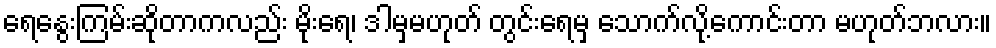
ရေနွေးကြမ်းဆိုတာကလည်း မိုးရေ၊ ဒါမှမဟုတ် တွင်းရေမှ သောက်လို့ကောင်းတာ မဟုတ်ဘလား။